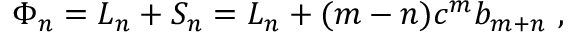
\Phi _ { n } = L _ { n } + S _ { n } = L _ { n } + ( m - n ) c ^ { m } b _ { m + n } ~ ,